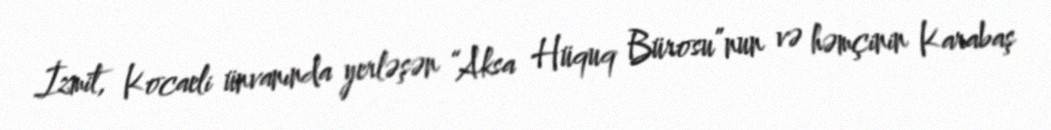
İzmit, Kocaeli ünvanında yerləşən “Aksa Hüquq Bürosu”nun və həmçinin Karabaş